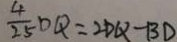
\frac { 4 } { 2 5 } D Q = 2 D Q - B D